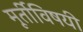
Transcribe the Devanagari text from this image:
मूर्तीविषयी